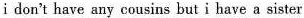
i don't have any cousins but i have a sister